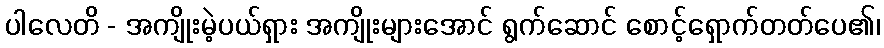
ပါလေတိ - အကျိုးမဲ့ပယ်ရှား အကျိုးများအောင် ရွက်ဆောင် စောင့်ရှောက်တတ်ပေ၏၊